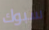
سبوك